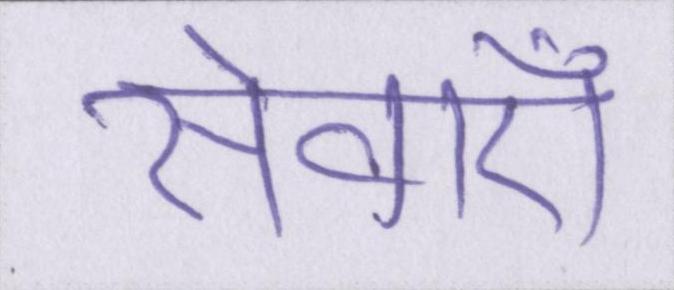
सेवाऍं